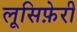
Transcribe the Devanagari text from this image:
लूसिफ़ेरी